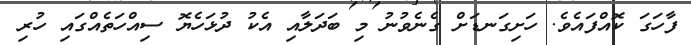
ފާހަގަ ކޮއްފައެވެ. ހަށިގަނޑަށް ގެނެވުނު މި ބަދަލާއި އެކު ދުޅަހެޔޮ ސިއްހަތެއްގައި ހުރި